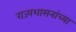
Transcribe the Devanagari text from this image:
राज्यशासनांच्या